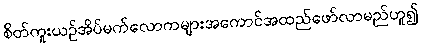
စိတ်ကူးယဉ်အိပ်မက်လောကများအကောင်အထည်ဖော်လာမည်ဟူ၍